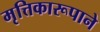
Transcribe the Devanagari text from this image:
मृत्तिकारूपाने